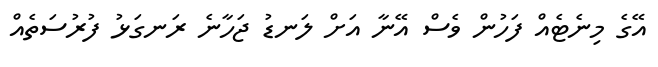
އޭގެ މިނެޓެއް ފަހުން ވެސް އޭނާ އަށް ލަނޑު ޖަހާނެ ރަނގަޅު ފުރުސަތެއް